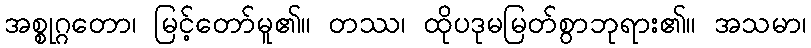
အစ္စုဂ္ဂတော၊ မြင့်တော်မူ၏။ တဿ၊ ထိုပဒုမမြတ်စွာဘုရား၏။ အသမာ၊